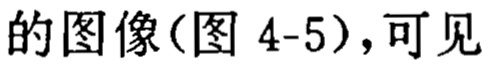
的图像(图 4-5)，可见